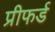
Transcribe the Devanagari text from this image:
प्रीफर्ड